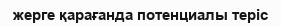
жерге қарағанда потенциалы теріс